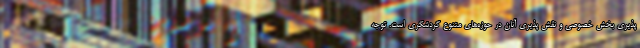
پذیری بخش خصوصی و نقش پذیری آنان در حوزه‌های متنوع گردشگری است. توجه